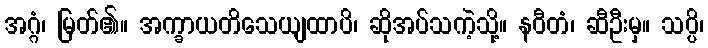
အဂ္ဂံ၊ မြတ်၏။ အက္ခာယတိသေယျထာပိ၊ ဆိုအပ်သကဲ့သို့။ နဝီတံ၊ ဆီဦးမှ။ သပ္ပိ၊